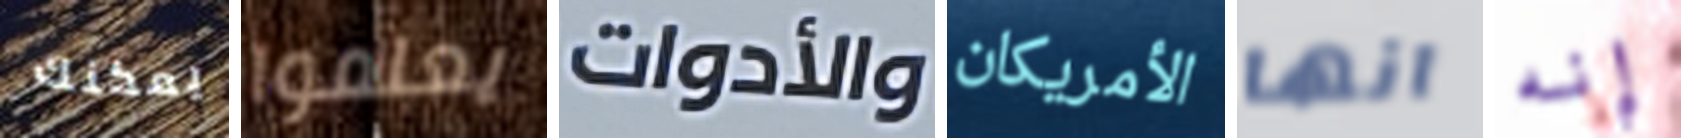
يمكنك يعلموا والأدوات الأمريكان انها إنه